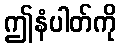
ဤနံပါတ်ကို